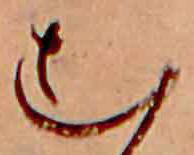
む